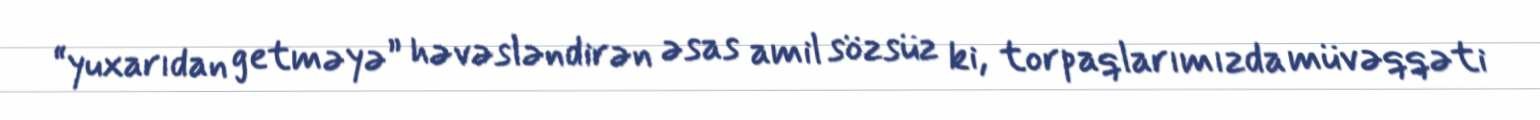
“yuxarıdan getməyə” həvəsləndirən əsas amil sözsüz ki, torpaqlarımızda müvəqqəti